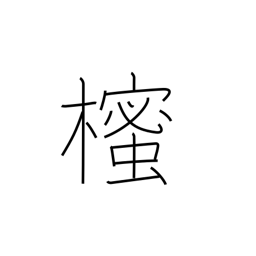
Meaning: Japanese star anise